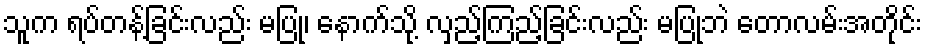
သူက ရပ်တန့်ခြင်းလည်း မပြု၊ နောက်သို့ လှည့်ကြည့်ခြင်းလည်း မပြုဘဲ တောလမ်းအတိုင်း